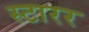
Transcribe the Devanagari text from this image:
स्टारर